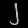
Digit: ၂